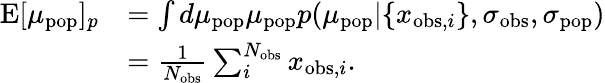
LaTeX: \begin{array}{rl}{\mathrm{E}[\mu_{\mathrm{pop}}]_{p}}&{=\int d\mu_{\mathrm{pop}}\mu_{\mathrm{pop}}p(\mu_{\mathrm{pop}}|\{ x_{\mathrm{obs},i}\} ,\sigma_{\mathrm{obs}},\sigma_{\mathrm{pop}})}\\ &{=\frac{1}{N_{\mathrm{obs}}}\sum_{i}^{N_{\mathrm{obs}}}x_{\mathrm{obs},i}.}\end{array}